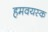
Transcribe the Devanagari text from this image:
हमवयस्क